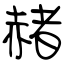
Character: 赭